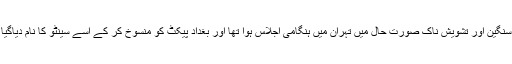
اس سنگین اور تشویش ناک صورت حال میں تہران میں ہنگامی اجلاس ہوا تھا اور بغداد پیکٹ کو منسوخ کر کے اسے سینٹو کا نام دیاگیا تھا۔